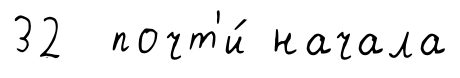
32 почт'и́ начала